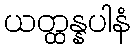
ယတ္ထန္နပါနံ